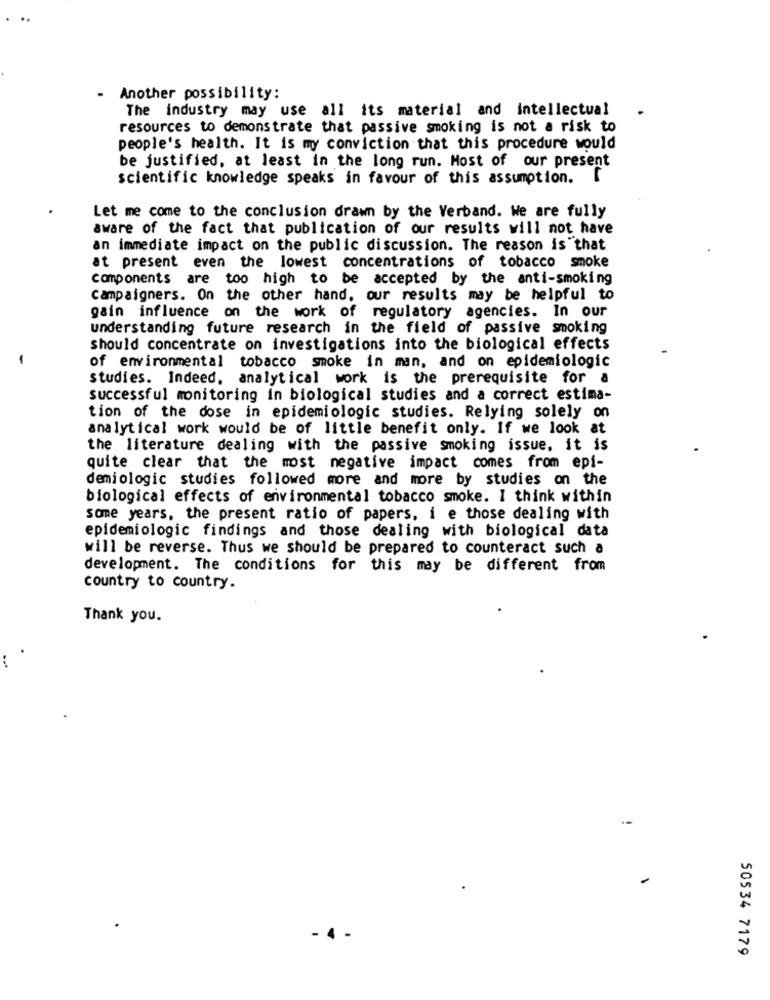
Another possibility:
The industry may use all its material and intellectual
resources to demonstrate that passive smoking is not a risk to
people's health. It is my conviction that this procedure would
be justified, at least in the long run. Most of our present
scientific knowledge speaks in favour of this assumption. [
Let me come to the conclusion drawn by the Verband. We are fully
aware of the fact that publication of our results will not have
an immediate impact on the public discussion. The reason is that
at present even the lowest concentrations of tobacco smoke
components are too high to be accepted by the anti-smoking
Campaigners. On the other hand, our results may be helpful to
gain influence on the work of regulatory agencies. In our
understanding future research in the field of passive smoking
should concentrate on investigations into the biological effects
of environmental tobacco smoke in man, and on epidemiologic
studies. Indeed, analytical work is the prerequisite for a
successful monitoring in biological studies and a correct estima-
tion of the dose in epidemiologic studies. Relying solely on
analytical work would be of little benefit only. If we look at
the literature dealing with the passive smoking issue, it is
quite clear that the most negative impact comes from epi-
demiologic studies followed more and more by studies on the
biological effects of environmental tobacco smoke. I think within
some years, the present ratio of papers, i e those dealing with
epidemiologic findings and those dealing with biological data
will be reverse. Thus we should be prepared to counteract such a
development. The conditions for this may be different from
country to country.
Thank you.
.-
50534 7179